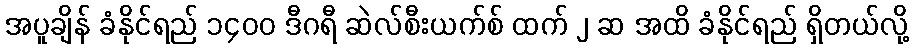
အပူချိန် ခံနိုင်ရည် ၁၄၀၀ ဒီဂရီ ဆဲလ်စီးယက်စ် ထက် ၂ ဆ အထိ ခံနိုင်ရည် ရှိတယ်လို့